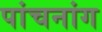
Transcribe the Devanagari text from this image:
पांचनांग